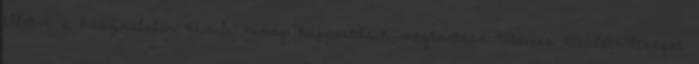
illetve a használaton kívüli hideg kapacitások megtartása tetemes többletköltséget